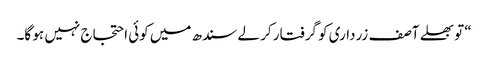
“ تو بھلے آصف زرداری کو گرفتار کر لے سندھ میں کوئی احتجاج نہیں ہو گا۔